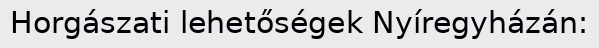
Horgászati lehetőségek Nyíregyházán: